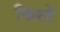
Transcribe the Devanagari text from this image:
फिश्टे